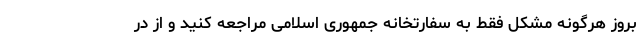
بروز هرگونه مشکل فقط به سفارتخانه جمهوری اسلامی مراجعه کنید و از در